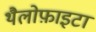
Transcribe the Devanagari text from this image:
थैलोफ़ाइटा